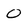
Character: 0